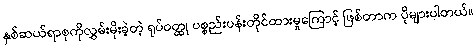
နှစ်ဆယ်ရာစုကိုလွှမ်းမိုးခဲ့တဲ့ ရုပ်ဝတ္ထု ပစ္စည်းပန်းတိုင်ထားမှုကြောင့် ဖြစ်တာက ပိုများပါတယ်။